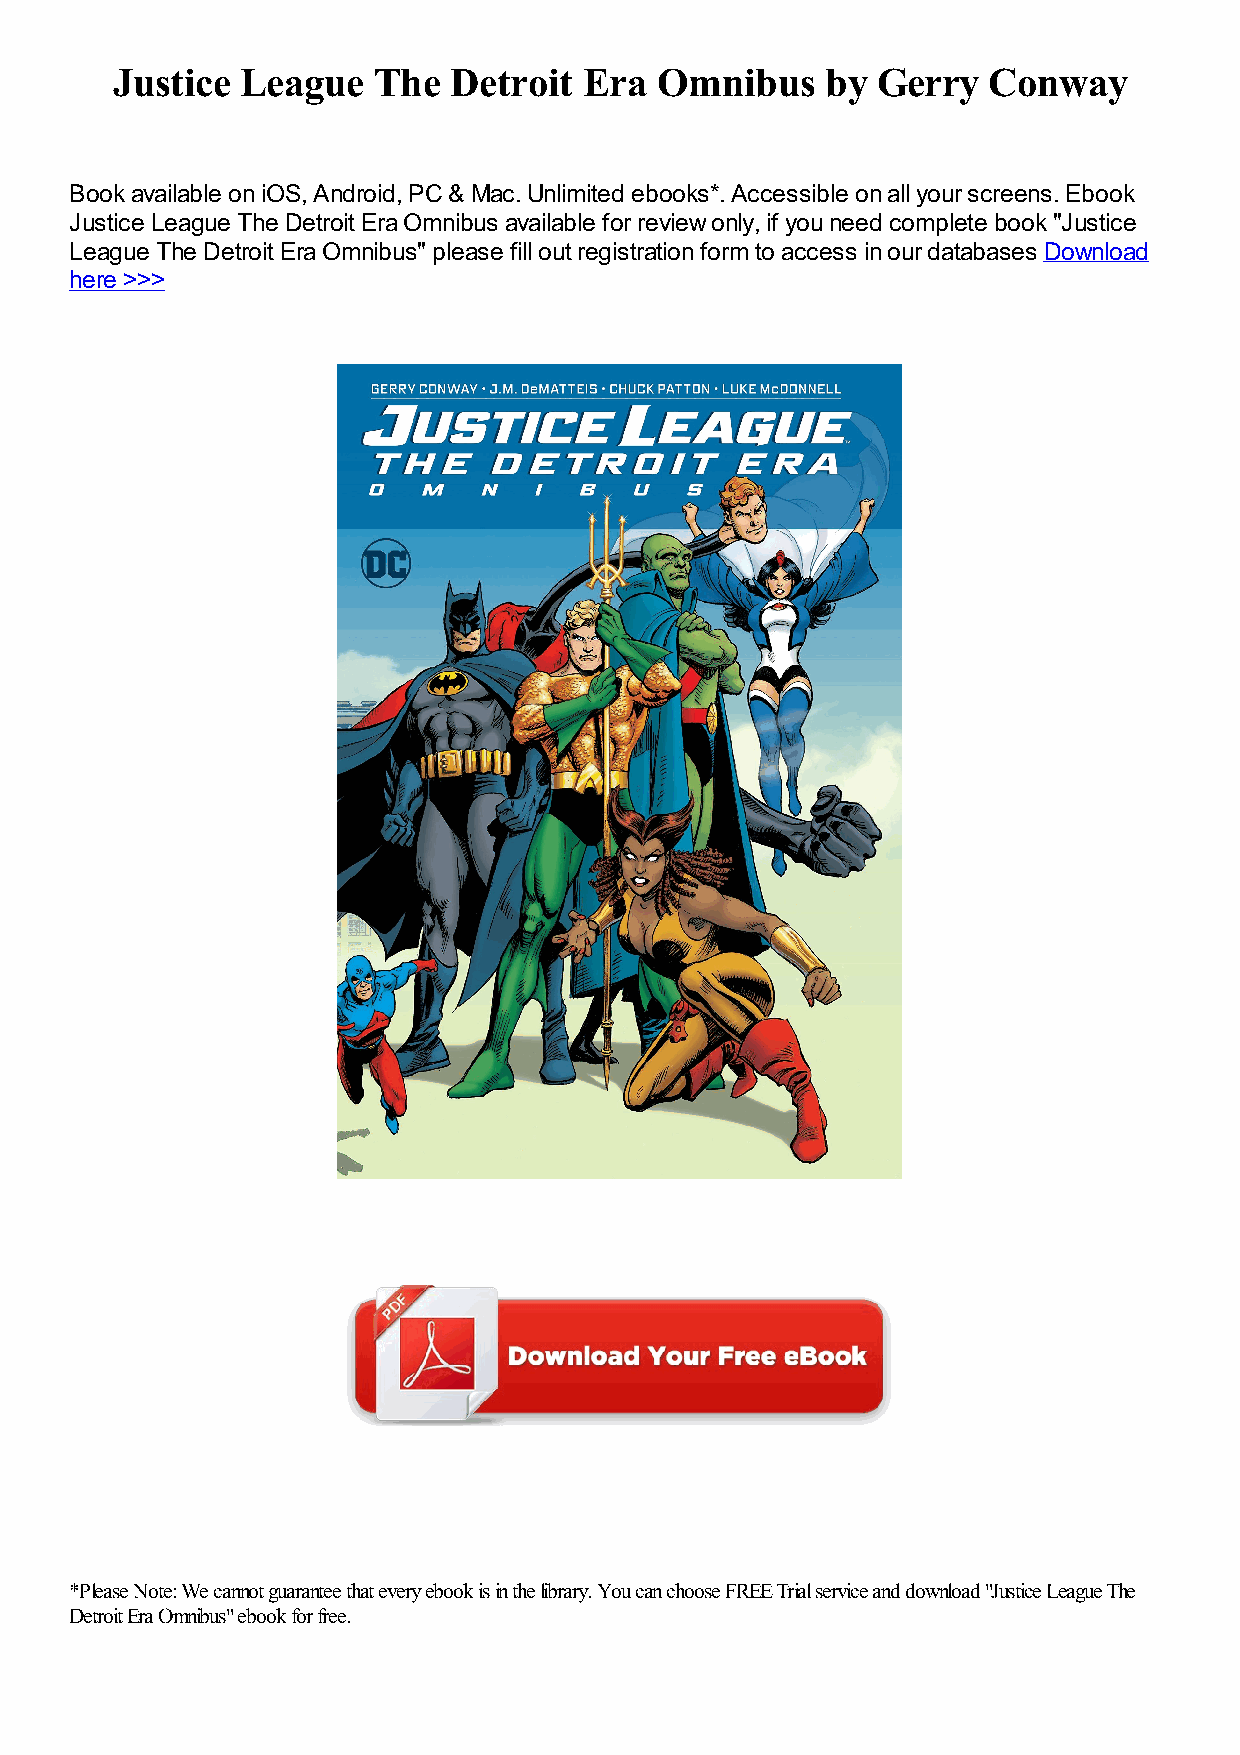
Justice  League   The  Detroit  Era Omnibus     by Gerry  Conway
 Book available on iOS, Android, PC & Mac. Unlimited ebooks*. Accessible on all your screens. Ebook
 Justice League The Detroit Era Omnibus available for review only, if you need complete book "Justice
 League The Detroit Era Omnibus" please fill out registration form to access in our databases Download
 here >>>
 *Please Note: We cannot guarantee that every ebook is in the library. You can choose FREE Trial service and download "Justice League The
 Detroit Era Omnibus" ebook for free.